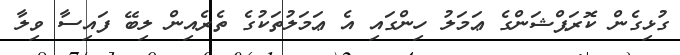
ގުޅިގެން ކޮރަޕްޝަންގެ ޢަމަލު ހިންގައި އެ ޢަމަލުތަކުގެ ތެރެއިން ލިބޭ ފައިސާ ވިލާ